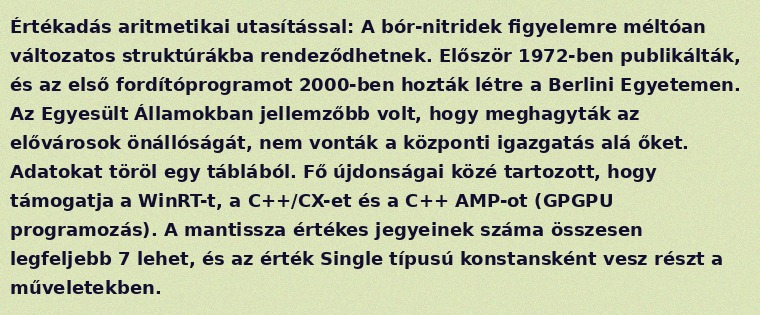
Értékadás aritmetikai utasítással: A bór-nitridek figyelemre méltóan változatos struktúrákba rendeződhetnek. Először 1972-ben publikálták, és az első fordítóprogramot 2000-ben hozták létre a Berlini Egyetemen. Az Egyesült Államokban jellemzőbb volt, hogy meghagyták az elővárosok önállóságát, nem vonták a központi igazgatás alá őket. Adatokat töröl egy táblából. Fő újdonságai közé tartozott, hogy támogatja a WinRT-t, a C++/CX-et és a C++ AMP-ot (GPGPU programozás). A mantissza értékes jegyeinek száma összesen legfeljebb 7 lehet, és az érték Single típusú konstansként vesz részt a műveletekben.